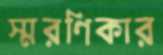
স্মরণিকার